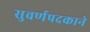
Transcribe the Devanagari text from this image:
सुवर्णपदकाने